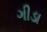
ગીડા